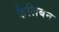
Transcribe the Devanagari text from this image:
कैलिबन